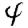
Digit: 4